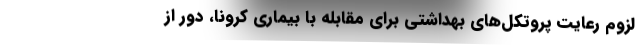
لزوم رعایت پروتکل‌های بهداشتی برای مقابله با بیماری کرونا، دور از